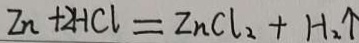
Z n + 2 H C l = Z n C l _ { 2 } + H _ { 2 } \uparrow